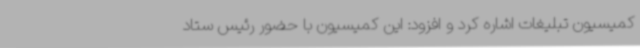
کمیسیون تبلیغات اشاره کرد و افزود: این کمیسیون با حضور رئیس ستاد